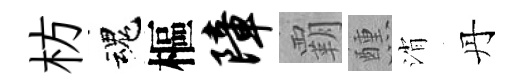
枋魂樞障覇醺消丹